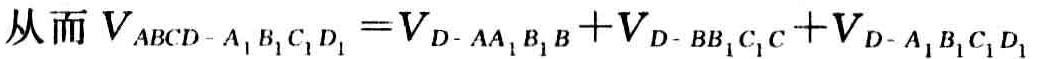
从而 \(V_{ABCD - A_{1}B_{1}C_{1}D_{1}} = V_{D - AA_{1}B_{1}B} + V_{D - BB_{1}C_{1}C} + V_{D - A_{1}B_{1}C_{1}D_{1}}\)